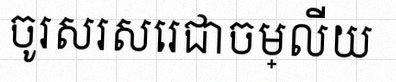
ចូរសរសេរជាចម្លើយ